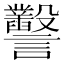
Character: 𧮙